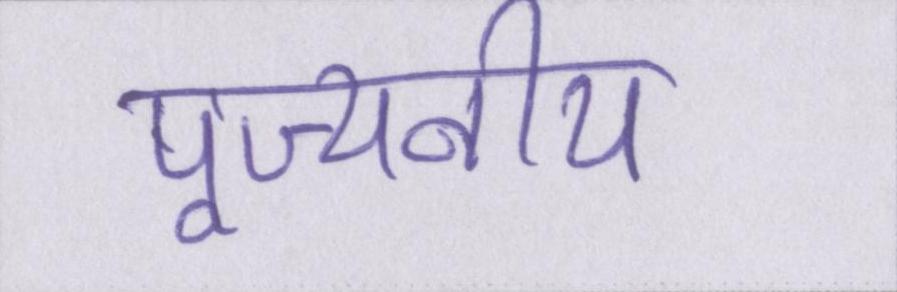
पूज्यनीय